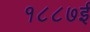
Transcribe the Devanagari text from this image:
१८८७ई